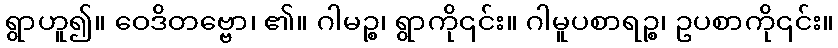
ရွာဟူ၍။ ဝေဒိတဗ္ဗော၊ ၏။ ဂါမဉ္စ၊ ရွာကို၎င်း။ ဂါမူပစာရဉ္စ၊ ဥပစာကို၎င်း။